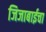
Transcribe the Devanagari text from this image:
जिजाबाईचा